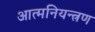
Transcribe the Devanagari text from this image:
आत्मनियन्त्रण